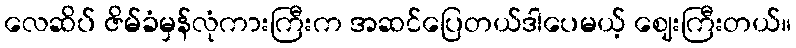
လေဆိပ် ဇိမ်ခံမှန်လုံကားကြီးက အဆင်ပြေတယ်ဒါပေမယ့် ဈေးကြီးတယ်။